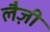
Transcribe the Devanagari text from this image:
लैज़ी